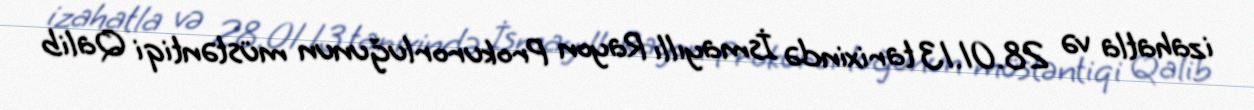
izahatla və 28.01.13 tarixində İsmayıllı Rayon Prokurorluğunun müstəntiqi Qalib